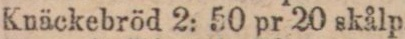
Knäckebröd 2: 50 pr 20 skålp.